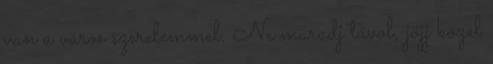
van a város szerelemmel. Ne maradj távol, jöjj közel